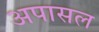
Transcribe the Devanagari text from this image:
अपासल